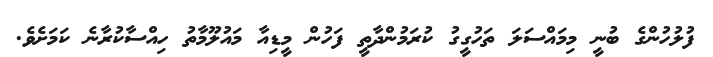
ފުލުހުންގެ ބުނީ މިމައްސަލަ ތަހުގީގު ކުރަމުންދާތީ ފަހުން މީޑިއާ މައުލޫމާތު ހިއްސާކުރާނެ ކަމަށެވެ.